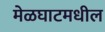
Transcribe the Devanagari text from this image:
मेळघाटमधील